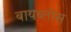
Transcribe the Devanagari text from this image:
बायब्लोस